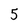
Character: 5